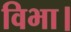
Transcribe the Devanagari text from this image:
विभा।